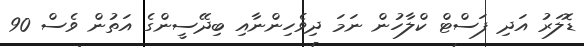
ޑޮލަރު އަދި ފަސްޓް ކްލާހުން ނަމަ ދިވެހިންނާއި ބިދޭސީންގެ އަތުން ވެސް 90